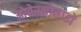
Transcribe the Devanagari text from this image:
ओबेरकोमांडो